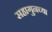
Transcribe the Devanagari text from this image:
सहागुनच्या